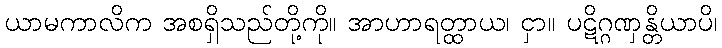
ယာမကာလိက အစရှိသည်တို့ကို။ အာဟာရတ္ထာယ၊ ငှာ။ ပဋိဂ္ဂဏှန္တိယာပိ၊